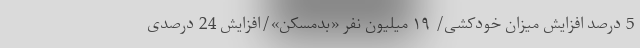
5 درصد افزایش میزان خودکشی/ ۱۹ میلیون نفر «بدمسکن»/افزایش 24 درصدی